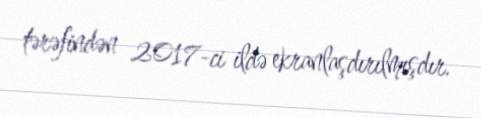
tərəfindən 2017-ci ildə ekranlaşdırılmışdır.